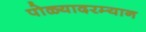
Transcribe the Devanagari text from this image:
पोळ्यादरम्यान